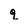
Character: q